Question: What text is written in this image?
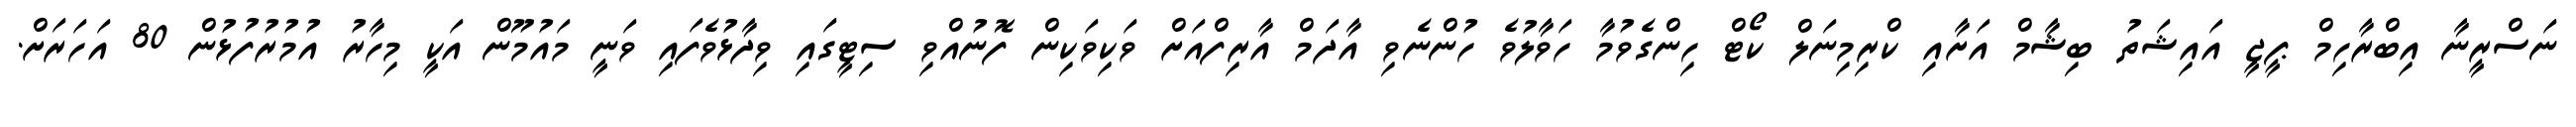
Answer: ނަސްރީނާ އިބްރާހިމް ޕީޖީ އައިޝަތު ބިޝާމް އަށާއި ކްރިމިނަލް ކޯޓް ހިންގެވުމާ ހަވާލުވެ ހުންނެވި އާދަމް އާރިފްއަށް ވަކިވަކިން ފޮނުއްވި ސިޓީގައި ވިދާޅުވެފައި ވަނީ މައުމޫން އަކީ މިހާރު އުމުރުފުޅުން 80 އަހަރަށް.